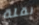
نقلة